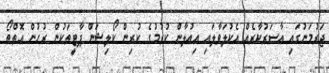
ޖަރުމަނުގައި އާސަރުކާރެއް އެކުލަވާލައި އިއުލާން ކުރުމުގެ ކުރިން ކޯލިޝަން ޕާޓީތަކުން ރުހުން އޮތްތޯ